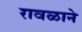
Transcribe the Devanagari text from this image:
रावळाने